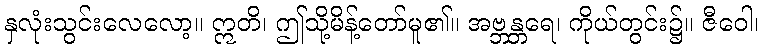
နှလုံးသွင်းလေလော့။ ဣတိ၊ ဤသို့မိန့်တော်မူ၏။ အဗ္ဘန္တရေ၊ ကိုယ်တွင်း၌။ ဇီဝေါ၊